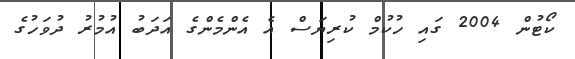
ކޯޓުން 2004 ގައި ހުކުމް ކުރިޔަސް އެ އެންމެންގެ އަދަބު އުމުރު ދުވަހުގެ